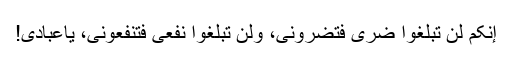
إنکم لن تبلغوا ضری فتضرونی، ولن تبلغوا نفعی فتنفعونی، یاعبادی!